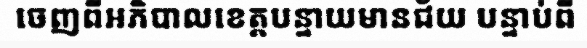
ចេញពីអភិបាលខេត្តបន្ទាយមានជ័យ បន្ទាប់ពី